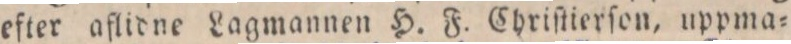
efter aflidne Lagmannen H. F. Chriſtierſon, uppma=